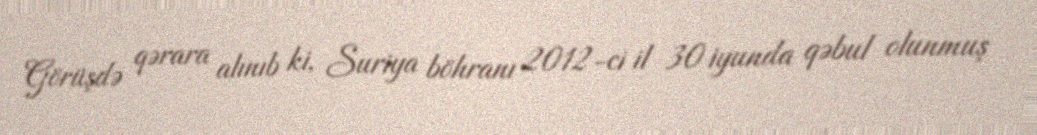
Görüşdə qərara alınıb ki, Suriya böhranı 2012-ci il 30 iyunda qəbul olunmuş